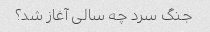
جنگ سرد چه سالی آغاز شد؟